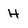
Character: h